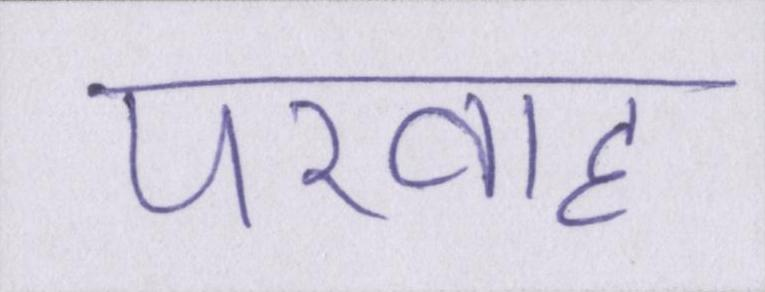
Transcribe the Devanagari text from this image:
परवाह